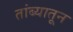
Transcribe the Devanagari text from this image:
तांब्यातून